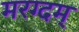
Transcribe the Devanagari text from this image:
मरग्दम्